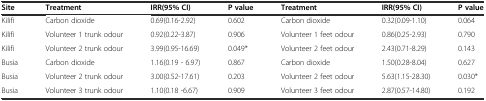
<table><thead><tr><td><b>Site</b></td><td><b>Treatment</b></td><td><b>IRR(95%CI)</b></td><td><b>P value</b></td><td><b>Treatment</b></td><td><b>IRR(95%CI)</b></td><td><b>P value</b></td></tr></thead><tbody><tr><td>Kilifi</td><td>Carbon dioxide</td><td>0.69(0.16-2.92)</td><td>0.602</td><td>Carbon dioxide</td><td>0.32(0.09-1.10)</td><td>0.064</td></tr><tr><td>Kilifi</td><td>Volunteer 1 trunk odour</td><td>0.92(0.22-3.87)</td><td>0.906</td><td>Volunteer 1 feet odour</td><td>0.86(0.25-2.93)</td><td>0.790</td></tr><tr><td>Kilifi</td><td>Volunteer 2 trunk odour</td><td>3.99(0.95-16.69)</td><td>0.049*</td><td>Volunteer 2 feet odour</td><td>2.43(0.71-8.29)</td><td>0.143</td></tr><tr><td>Busia</td><td>Carbon dioxide</td><td>1.16(0.19 - 6.97)</td><td>0.867</td><td>Carbon dioxide</td><td>1.50(0.28-8.04)</td><td>0.627</td></tr><tr><td>Busia</td><td>Volunteer 2 trunk odour</td><td>3.00(0.52-17.61)</td><td>0.203</td><td>Volunteer 2 feet odour</td><td>5.63(1.15-28.30)</td><td>0.030*</td></tr><tr><td>Busia</td><td>Volunteer 3 trunk odour</td><td>1.10(0.18 -6.67)</td><td>0.909</td><td>Volunteer 3 feet odour</td><td>2.87(0.57-14.80)</td><td>0.192</td></tr></tbody></table>